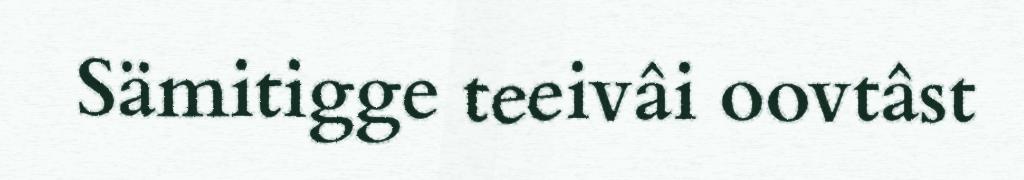
Sämitigge teeivâi oovtâst